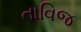
તાવિજ